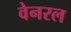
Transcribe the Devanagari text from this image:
वेनरल